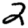
Digit: 2